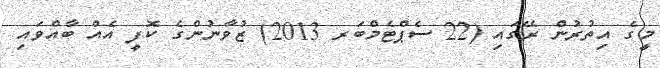
މީގެ އިތުރުން ރޭގައި (22 ސެޕްޓެމްބަރ 2013) ޒުވާނުންގެ ކޮފީ އެއް ބާއްވައި